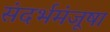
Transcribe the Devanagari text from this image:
संदर्भमंजूषा